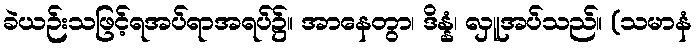
ခဲယဉ်းသဖြင့်ရအပ်ရာအရပ်၌။ အာနေတွာ၊ ဒိန္နံ၊ လှူအပ်သည်။ (သမာနံ